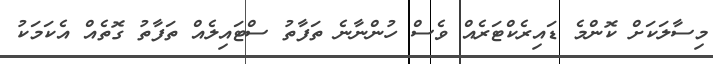
މިސާލަކަށް ކޮންމެ ޑައިރެކްޓަރެއް ވެސް ހުންނާނެ ތަފާތު ސްޓައިލެއް ތަފާތު ގޮތެއް އެކަމަކު